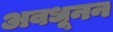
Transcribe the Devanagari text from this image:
अवधूनन